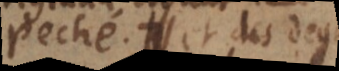
peché, et des deg